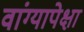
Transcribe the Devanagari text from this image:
वांग्यापेक्षा